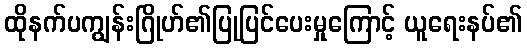
ထိုနက်ပကျွန်းဂြိုဟ်၏ပြုပြင်ပေးမှုကြောင့် ယူရေးနပ်၏